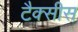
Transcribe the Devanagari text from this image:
टैक्सीस